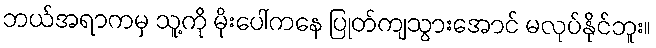
ဘယ်အရာကမှ သူ့ကို မိုးပေါ်ကနေ ပြုတ်ကျသွားအောင် မလုပ်နိုင်ဘူး။